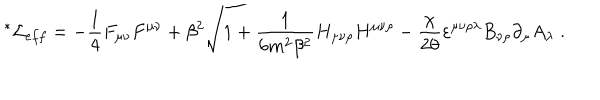
{ \mathrm { } ^ { * } \mathcal { L } } _ { e f f } = - \frac { 1 } { 4 } F _ { \mu \nu } F ^ { \mu \nu } + \beta ^ { 2 } \sqrt { 1 + \frac { 1 } { 6 m ^ { 2 } \beta ^ { 2 } } H _ { \mu \nu \rho } H ^ { \mu \nu \rho } } - \frac { \chi } { 2 \theta } \varepsilon ^ { \mu \nu \rho \lambda } B _ { \nu \rho } \partial _ { \mu } A _ { \lambda } \; .